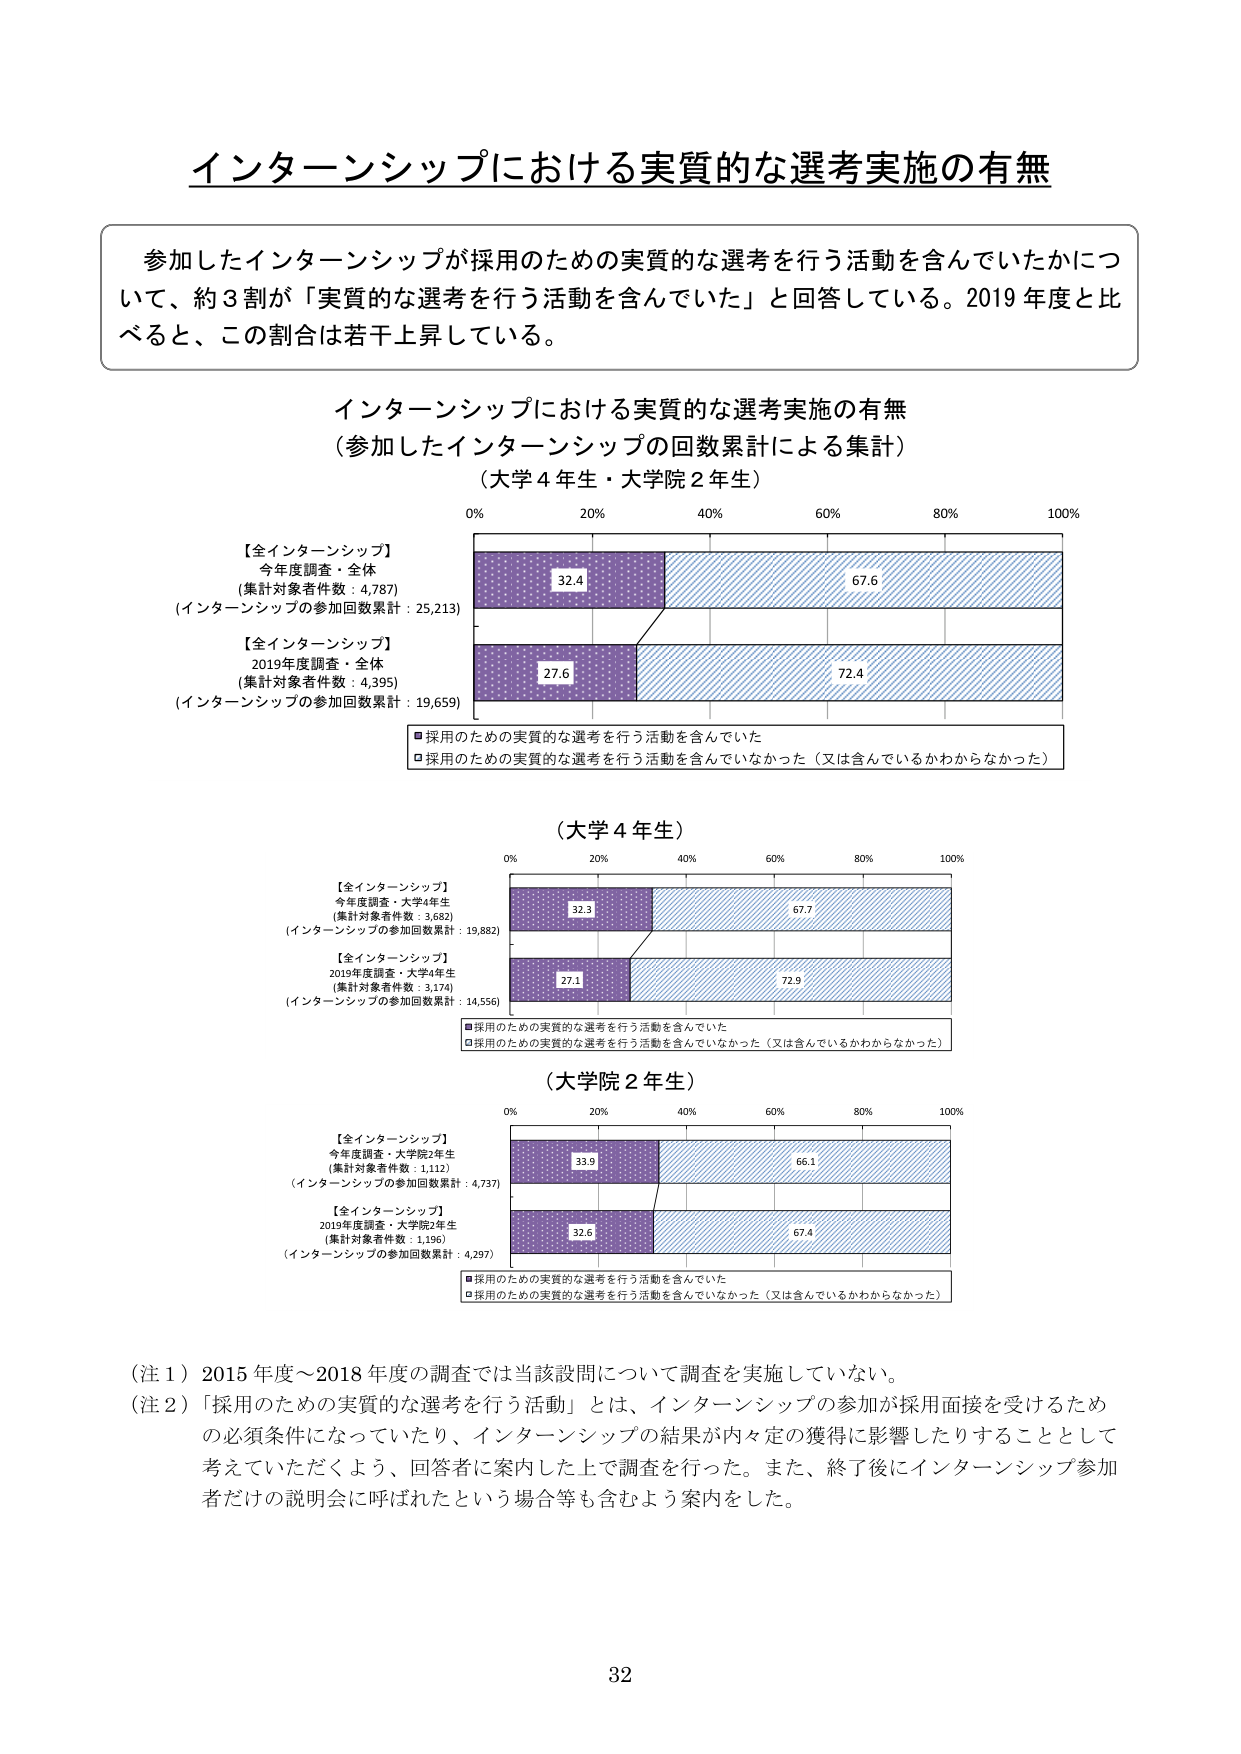
インターンシップにおける実質的な選考実施の有無

参加したインターンシップが採用のための実質的な選考を行う活動を含んでいたかについて、約3割が「実質的な選考を行う活動を含んでいた」と回答している。2019年度と比べると、この割合は若干上昇している。

インターンシップにおける実質的な選考実施の有無
（参加したインターンシップの回数累計による集計）
（大学4年生・大学院2年生）

【全インターンシップ】
今年度調査・全体
（集計対象者件数：4,787）
（インターンシップの参加回数累計：25,213）

【全インターンシップ】
2019年度調査・全体
（集計対象者件数：4,395）
（インターンシップの参加回数累計：19,659）

■採用のための実質的な選考を行う活動を含んでいた
□採用のための実質的な選考を行う活動を含んでいなかった（又は含んでいるかわからなかった）

（大学4年生）

【全インターンシップ】
今年度調査・大学4年生
（集計対象者件数：3,682）
（インターンシップの参加回数累計：19,882）

【全インターンシップ】
2019年度調査・大学4年生
（集計対象者件数：3,174）
（インターンシップの参加回数累計：14,556）

■採用のための実質的な選考を行う活動を含んでいた
□採用のための実質的な選考を行う活動を含んでいなかった（又は含んでいるかわからなかった）

（大学院2年生）

【全インターンシップ】
今年度調査・大学院2年生
（集計対象者件数：1,112）
（インターンシップの参加回数累計：4,737）

【全インターンシップ】
2019年度調査・大学院2年生
（集計対象者件数：1,196）
（インターンシップの参加回数累計：4,297）

■採用のための実質的な選考を行う活動を含んでいた
□採用のための実質的な選考を行う活動を含んでいなかった（又は含んでいるかわからなかった）

（注1）2015年度～2018年度の調査では当該設問について調査を実施していない。
（注2）「採用のための実質的な選考を行う活動」とは、インターンシップの参加が採用面接を受けるための必須条件になっていたり、インターンシップの結果が内々定の獲得に影響したりすることとして考えていただくよう、回答者に案内した上で調査を行った。また、終了後にインターンシップ参加者だけの説明会に呼ばれたという場合等も含むよう案内をした。

32